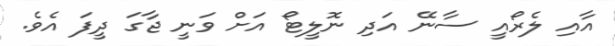
އާއި ލެރޯއީ ސާނޭ އަދި ނޮލީޓޯ އަށް ވަނީ ޖާގަ ދީފަ އެވެ.